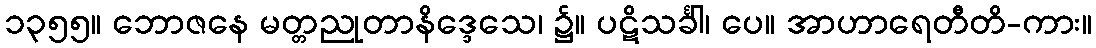
၁၃၅၅။ ဘောဇနေ မတ္တညုတာနိဒ္ဒေသေ၊ ၌။ ပဋိသင်္ခါ၊ ပေ။ အာဟာရေတီတိ-ကား။